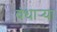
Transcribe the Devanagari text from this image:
बंधाऱ्या